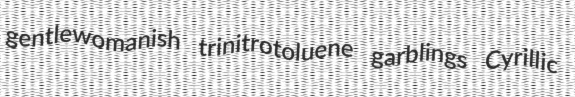
gentlewomanish trinitrotoluene garblings Cyrillic